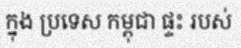
ក្នុង ប្រទេស កម្ពុជា ផ្ទះ របស់